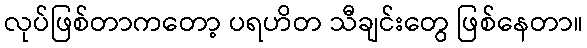
လုပ်ဖြစ်တာကတော့ ပရဟိတ သီချင်းတွေ ဖြစ်နေတာ။